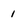
Character: 1